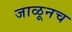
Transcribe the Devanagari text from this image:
जाळूनच